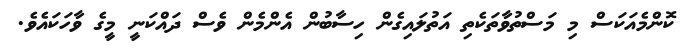
ކޮންމެއަކަސް މި މަސްތުވާތަކެތި އަތުލައިގެން ހިސާބުން އެންމެން ވެސް ދައްކަނީ މީގެ ވާހަކައެވެ.